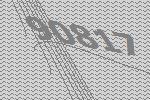
90817